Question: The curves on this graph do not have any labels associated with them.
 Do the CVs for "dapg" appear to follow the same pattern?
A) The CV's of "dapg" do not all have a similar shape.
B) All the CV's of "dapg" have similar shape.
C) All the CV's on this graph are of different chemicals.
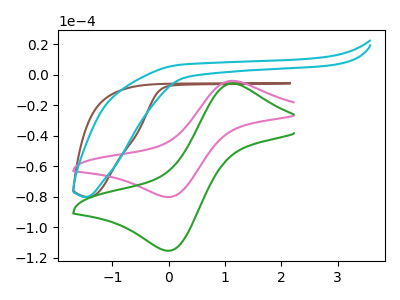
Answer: <think>The brown curve "brown" has no peaks. The pink curve "pink" has an anodic peak at (1.15V, -3.90uA) and a cathodic peak at (-0.05V, -80.15uA). The cyan curve "cyan" has no peaks. The green curve "green" has an anodic peak at (1.15V, -5.60uA) and a cathodic peak at (-0.05V, -115.45uA).
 "brown" and "pink" have a different number of peaks. Neither "brown" or "cyan" have any peaks. "brown" and "green" have a different number of peaks. "pink" and "cyan" have a different number of peaks. All the peaks in "pink" have a peak in "green" at the same potential. "cyan" and "green" have a different number of peaks.</think>
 <answer>B) All the CV's of "dapg" have similar shape.</answer>
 <eval>B</eval>